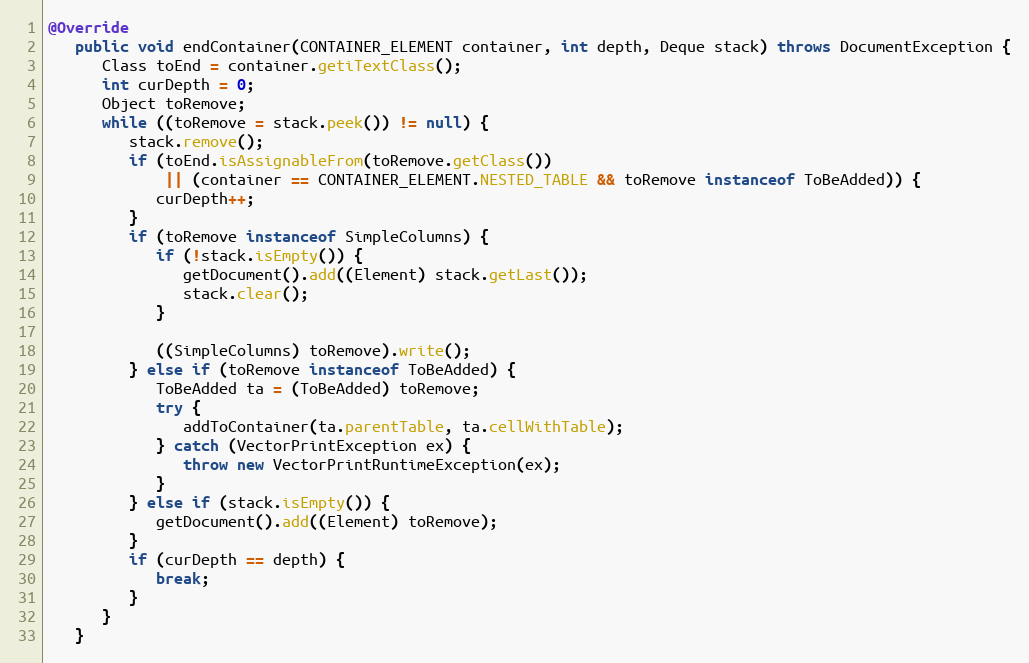
Language: Java
@Override
   public void endContainer(CONTAINER_ELEMENT container, int depth, Deque stack) throws DocumentException {
      Class toEnd = container.getiTextClass();
      int curDepth = 0;
      Object toRemove;
      while ((toRemove = stack.peek()) != null) {
         stack.remove();
         if (toEnd.isAssignableFrom(toRemove.getClass())
             || (container == CONTAINER_ELEMENT.NESTED_TABLE && toRemove instanceof ToBeAdded)) {
            curDepth++;
         }
         if (toRemove instanceof SimpleColumns) {
            if (!stack.isEmpty()) {
               getDocument().add((Element) stack.getLast());
               stack.clear();
            }

            ((SimpleColumns) toRemove).write();
         } else if (toRemove instanceof ToBeAdded) {
            ToBeAdded ta = (ToBeAdded) toRemove;
            try {
               addToContainer(ta.parentTable, ta.cellWithTable);
            } catch (VectorPrintException ex) {
               throw new VectorPrintRuntimeException(ex);
            }
         } else if (stack.isEmpty()) {
            getDocument().add((Element) toRemove);
         }
         if (curDepth == depth) {
            break;
         }
      }
   }